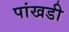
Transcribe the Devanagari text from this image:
पांखडी